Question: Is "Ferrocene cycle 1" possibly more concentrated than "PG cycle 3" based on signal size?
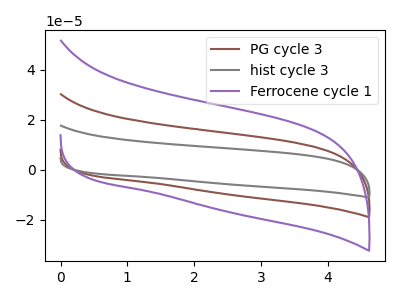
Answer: <think>The brown curve "PG cycle 3" has no peaks. The gray curve "hist cycle 3" has no peaks. The purple curve "Ferrocene cycle 1" has no peaks.
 Neither "Ferrocene cycle 1" or "PG cycle 3" have any peaks.</think>
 <answer>I cant tell if "Ferrocene cycle 1" or "PG cycle 3" has more signal.</answer>
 <eval>mixed_signal</eval>